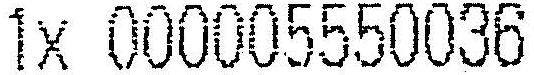
1X 000005550036